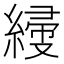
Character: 𦃌